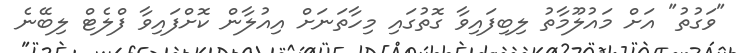
"ވަގުތު" އަށް މައުލޫމާތު ލިބިފައިވާ ގޮތުގައި މިހާތަނަށް އިއުލާން ކޮށްފައިވާ ފްލެޓް ލިބޭނެ